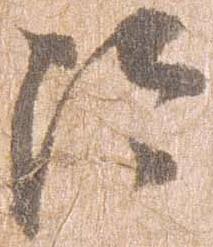
治